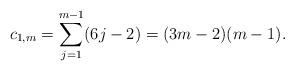
LaTeX: \begin{align*} c_{1,m}=\sum_{j=1}^{m-1}(6j-2)=(3m-2)(m-1).\end{align*}